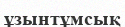
ұзынтұмсық